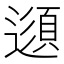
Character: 𲅻